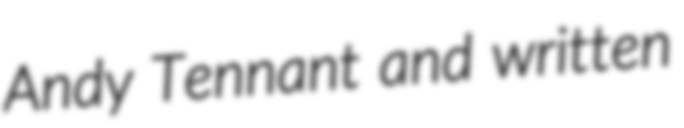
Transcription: Andy Tennant and written